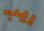
ريب